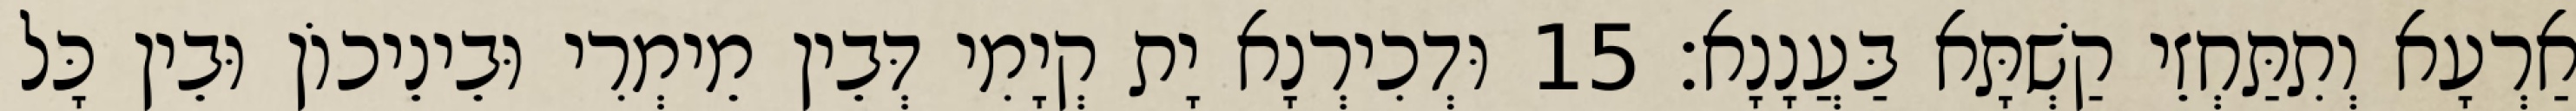
אַרְעָא וְתִתַּחְזֵי קַשְׁתָּא בַּעֲנָנָא׃ 15 וּדְכִירְנָא יָת קְיָמִי דְּבֵין מֵימְרִי וּבֵינֵיכוֹן וּבֵין כָּל